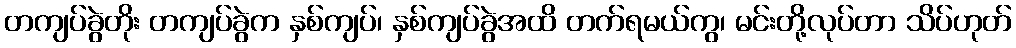
တကျပ်ခွဲတိုး တကျပ်ခွဲက နှစ်ကျပ်၊ နှစ်ကျပ်ခွဲအထိ တက်ရမယ်ကွ၊ မင်းတို့လုပ်တာ သိပ်ဟုတ်